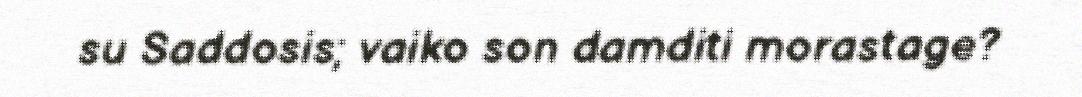
su Saddosis; vaiko son damditi morastage?